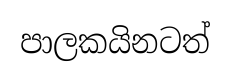
පාලකයිනටත්